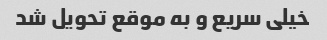
خیلی سریع و به موقع تحویل شد